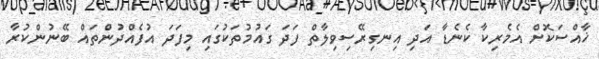
ޚާއްސަކޮށް އެމެރިކާ ކެނެޑާ އަދި އިނގިރޭސިވިލާތް ފަދަ ގައުމުތަކުގައި މިފަދަ އުފެއްދުންތައް ބޭނުންކުރާ